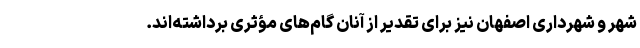
شهر و شهرداری اصفهان نیز برای تقدیر از آنان گام‌های مؤثری برداشته‌اند.